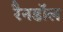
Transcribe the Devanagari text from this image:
रैनडॉल